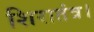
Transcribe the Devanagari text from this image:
शिरातंत्र।